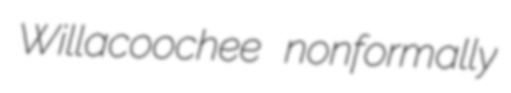
Willacoochee nonformally